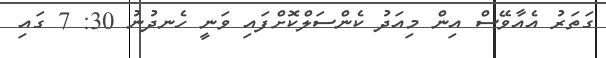
ގަތަރު އެއާވޭސް އިން މިއަދު ކެންސަލްކޮށްފައި ވަނީ ހެނދުނު 30: 7 ގައި